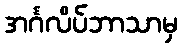
အင်္ဂလိပ်ဘာသာမှ